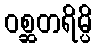
ဝစ္ဆတရိမ္ပိ